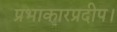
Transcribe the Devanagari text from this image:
प्रभाकारप्रदीप।